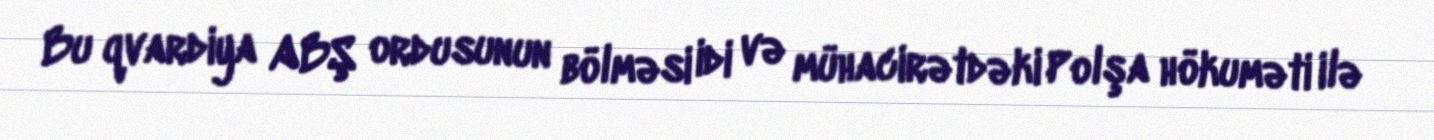
Bu qvardiya ABŞ ordusunun bölməsi idi və mühacirətdəki Polşa hökuməti ilə